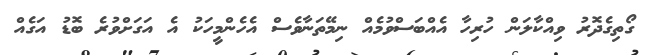
ގޯތިގެދޮރު ވިއްކާލަން ހުރިހާ އެއްބަސްވުމެއް ނިމޭތަނާވެސް އެހެންމީހަކު އެ އަގަށްވުރެ ބޮޑު އަގެއް